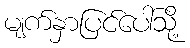
မျက်နှာပြင်ပေါ်သို့